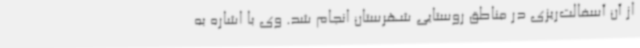
از آن آسفالت‌ریزی در مناطق روستایی شهرستان انجام شد. وی با اشاره به